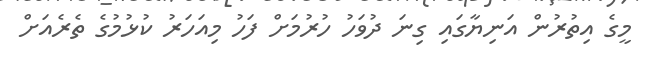
މީގެ އިތުރުން އަނިޔާގައި ގިނަ ދުވަހު ހުރުމަށް ފަހު މިއަހަރު ކުޅުމުގެ ތެރެއަށް